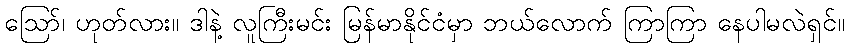
ဪ၊ ဟုတ်လား။ ဒါနဲ့ လူကြီးမင်း မြန်မာနိုင်ငံမှာ ဘယ်လောက် ကြာကြာ နေပါမလဲရှင်။